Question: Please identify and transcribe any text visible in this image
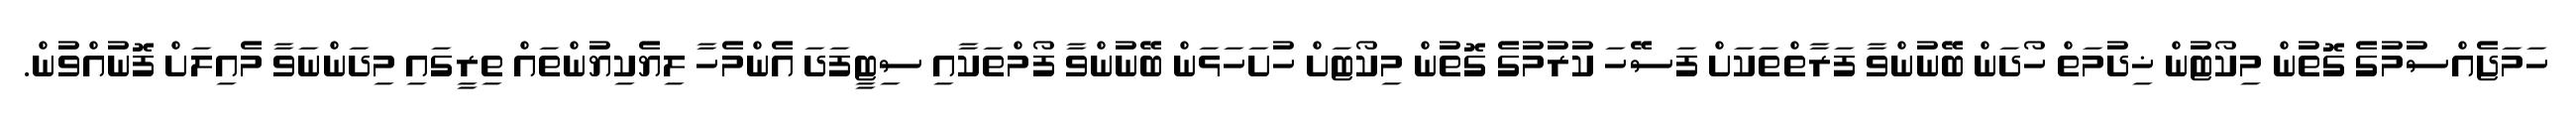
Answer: ހަމަޖެއްސުމުގެ ގޮތުން މިކޯޓުން ޚިދުމަތް ހޯދަން ބޭނުންވާ ފަރާތްތަކަށް ފަސޭހަ ކުރުމުގެ ގޮތުން މިކޯޓަށް ހުށަހަޅަން ބޭނުންވާ ފޯމްތަކާއި ސިޓީފަދަ އެންމެހާ ލިޔެކިޔުންތައް ތިރީގައި މިދަންނަވާ މެއިލަށް ފޮނުއްވުން.